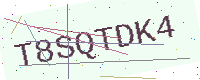
Text: T8SQTDK4